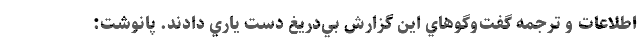
اطلاعات و ترجمه گفت‌وگوهاي اين گزارش بي‌دريغ دست ياري دادند. پانوشت: